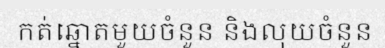
កត់ឆ្នោតមួយចំនួន និងលុយចំនួន